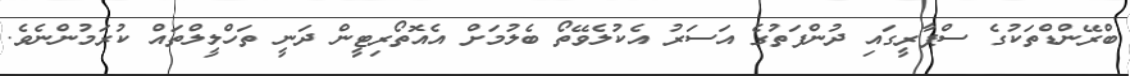
ބްރޭންޑްތަކުގެ ސްޕާރީގައި ދުންފަތުގެ އަސަރު އެކުލެވޭތޯ ބެލުމަށް އެއޮތޯރިޓީން ދަނީ ތަހްލީލްތައް ކުރަމުންނެވެ.